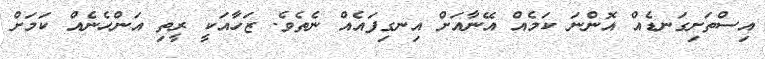
އިސްތަށިގަނޑެއް އޮންނަ ކަމެއް އޭނާއަށް އިނގިފައެއް ނެތެވެ. ޒަހާއަކީ ރީތި އަންހެނެއް ކަމަށް